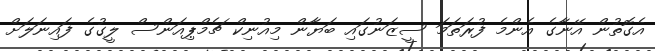
އެގޮތުން އޭނާގެ އެންމެ ފުރަތަމަ ސީޒަނުގައި ބަޔާން މިއުނިކް ޗެމްޕިއަންސް ލީގުގެ ފައިނަލަށް